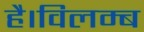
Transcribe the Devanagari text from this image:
है।विलम्ब